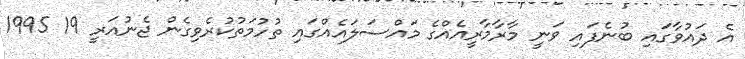
އެ ދައުވާގައި ބުނެފައި ވަނީ މާރާމާރީއެއްގެ މައްސަލައެއްގައި ތުހުމަތުކުރެވިގެން ޖެނުއަރީ 19 1995